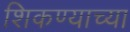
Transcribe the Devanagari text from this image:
शिकण्याच्‍या